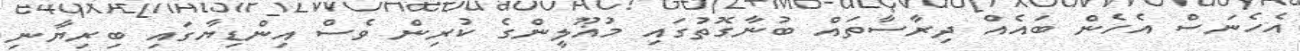
އެހެނަސް އެހެން ބައެއް ދިރާސާތައް ބުނާގޮތުގައި މުޣޫލީންގެ ކުރިން ވެސް އިންޑިޔާގައި ބިރިޔާނި